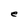
Character: e